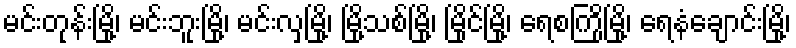
မင်းတုန်းမြို့၊ မင်းဘူးမြို့၊ မင်းလှမြို့၊ မြို့သစ်မြို့၊ မြိုင်မြို့၊ ရေစကြိုမြို့၊ ရေနံချောင်းမြို့၊